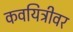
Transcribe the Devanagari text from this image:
कवयित्रीवर